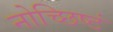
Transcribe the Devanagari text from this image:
नोच्छिष्टं